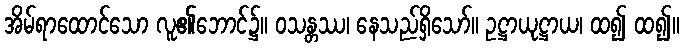
အိမ်ရာထောင်သော လူ၏ဘောင်၌။ ဝသန္တဿ၊ နေသည်ရှိသော်။ ဥဋ္ဌာယုဋ္ဌာယ၊ ထ၍ ထ၍။